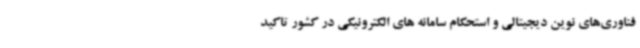
فناوری‌های نوین دیجیتالی و استحکام سامانه های الکترونیکی در کشور تاکید